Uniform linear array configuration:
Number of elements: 16
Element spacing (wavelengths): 0.75
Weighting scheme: hamming
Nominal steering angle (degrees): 0
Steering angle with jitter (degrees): -0.7631
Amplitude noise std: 0.05
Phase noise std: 0.05

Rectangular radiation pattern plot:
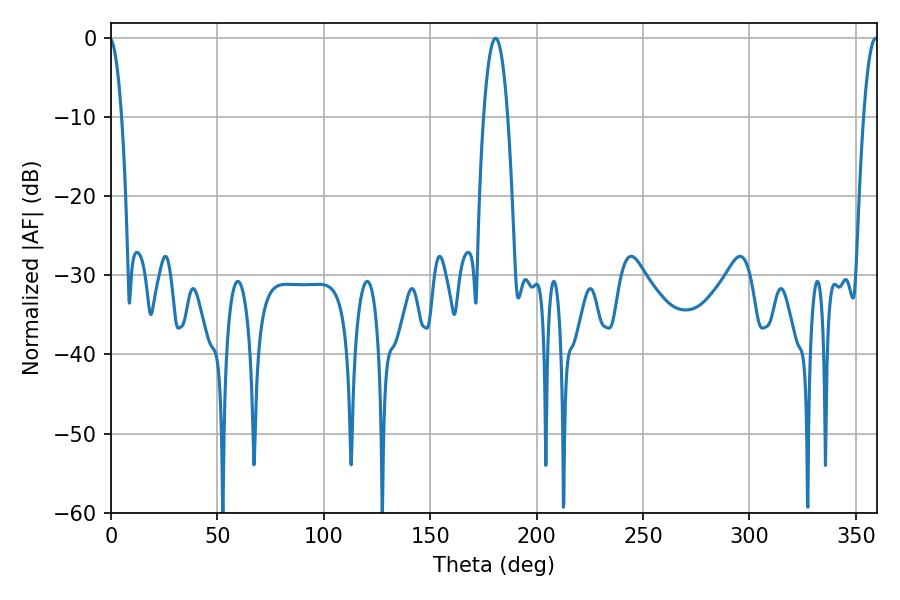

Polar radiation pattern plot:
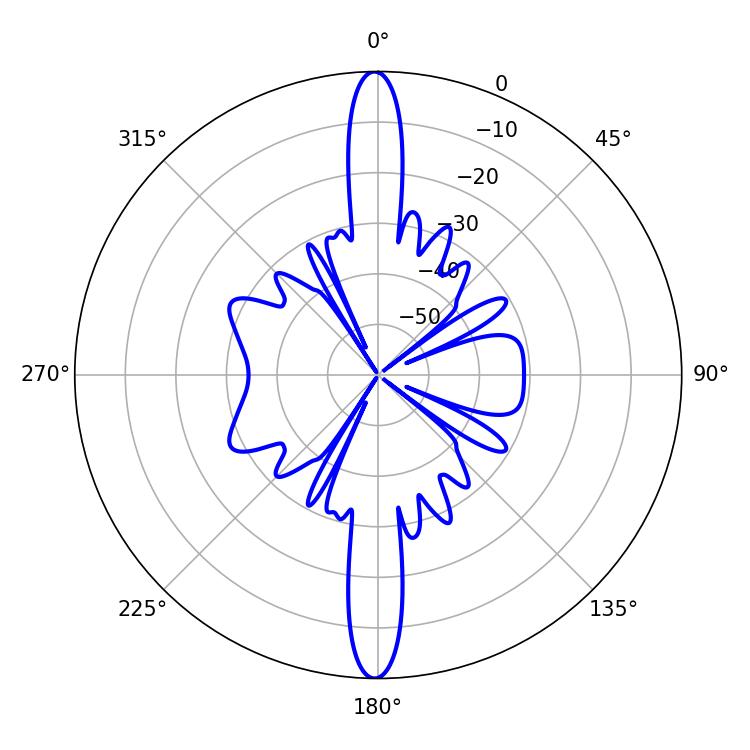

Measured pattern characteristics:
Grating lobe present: TRUE
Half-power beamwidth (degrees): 6.12
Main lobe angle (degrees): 180.72